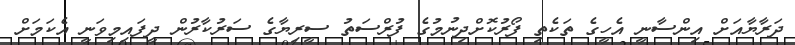
ދަރާޔާއަށް އިންސާނީ އެހީގެ ތަކެތި ފޯރުކޮށްދިނުމުގެ ފުރްސަތު ސީރިޔާގެ ސަރުކާރުން ދީފައިމިވަނީ އެކަމަށް